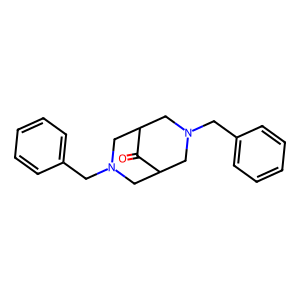
SMILES: O=C1C2CN(Cc3ccccc3)CC1CN(Cc1ccccc1)C2
Inhibits HIV replication: No